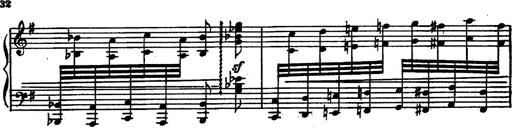
Title: Magyar rapszÃ³diÃ¡k
Composer: Franz Liszt